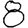
Digit: 8